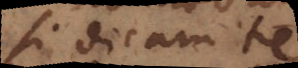
Si dicam te